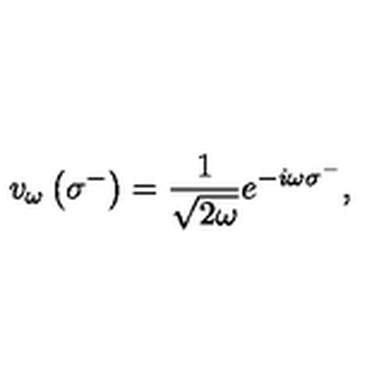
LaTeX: v _ { \omega } \left( \sigma ^ { - } \right) = { \frac { 1 } { \sqrt { 2 \omega } } } e ^ { - i \omega \sigma ^ { - } } ,